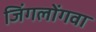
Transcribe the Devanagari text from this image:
जिंगलोंगवा